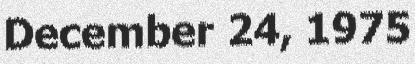
December 24, 1975